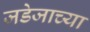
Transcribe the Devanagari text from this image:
जडेजाच्या